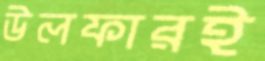
উলফারই